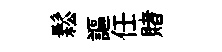
鬆謳任賭